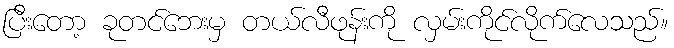
ပြီးတော့ ခုတင်ဘေးမှ တယ်လီဖုန်းကို လှမ်းကိုင်လိုက်လေသည်။